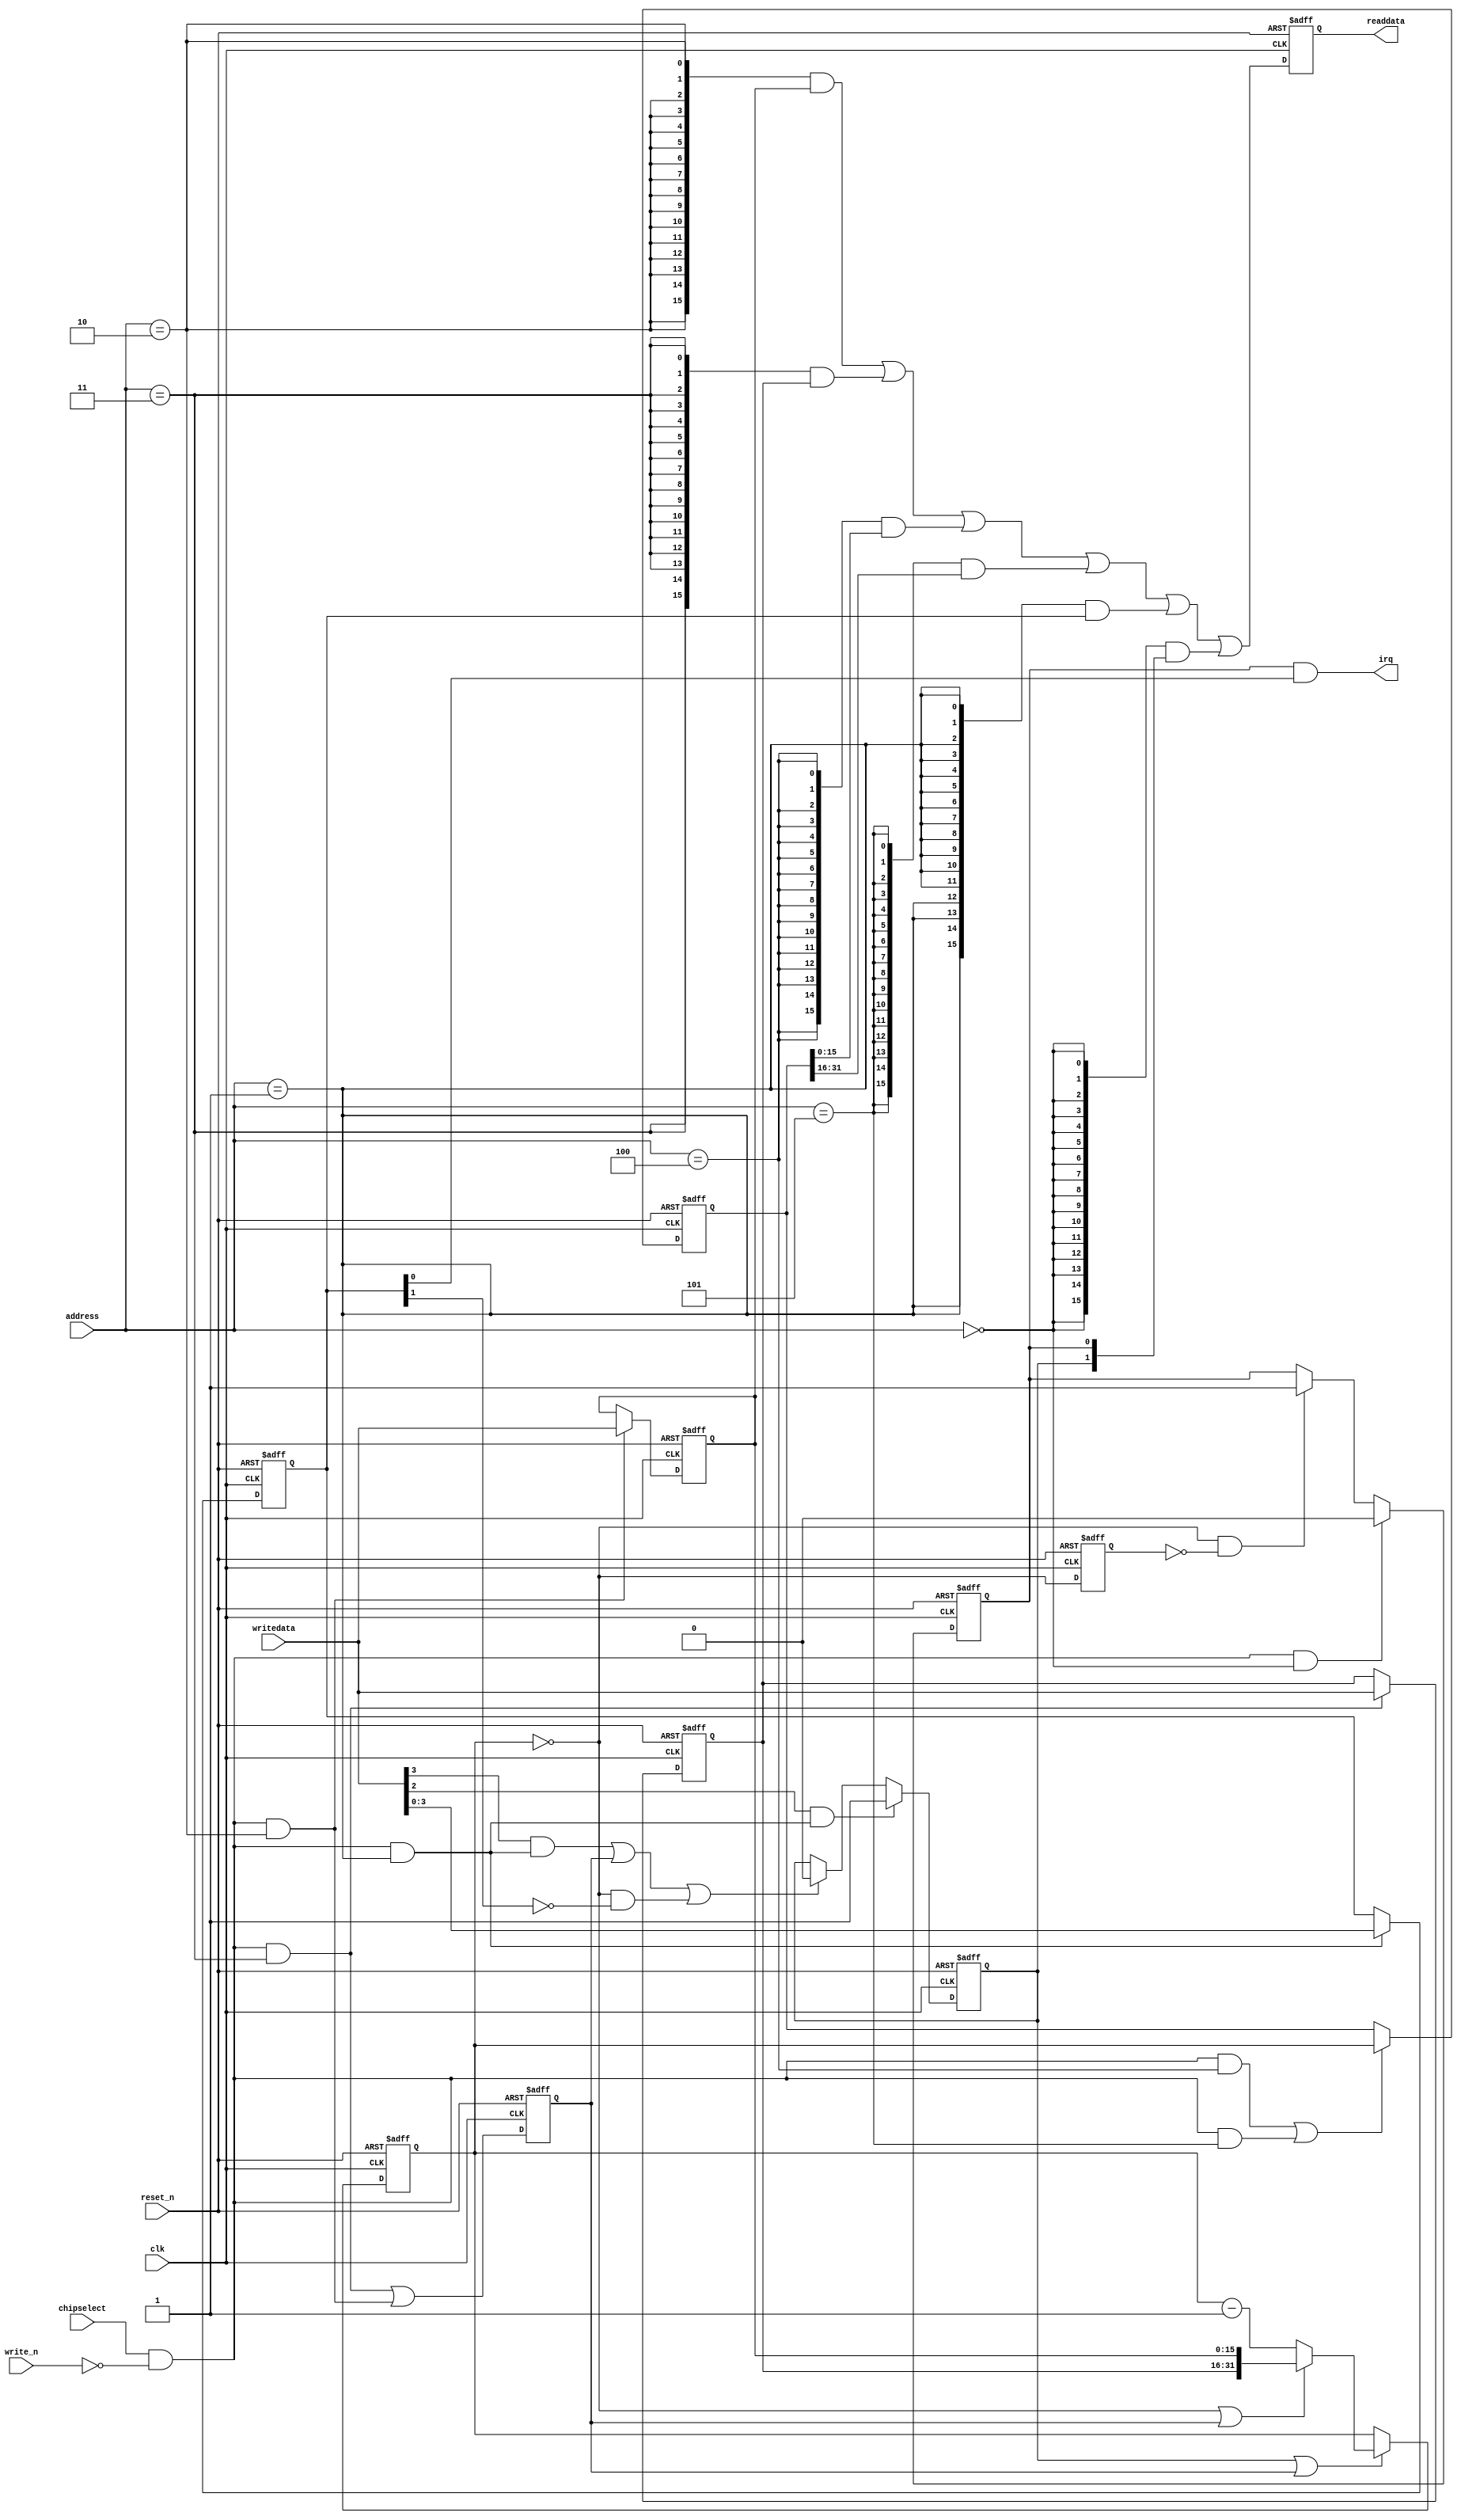
module nios_tester_timer_0 (
                             // inputs:
                              address,
                              chipselect,
                              clk,
                              reset_n,
                              write_n,
                              writedata,

                             // outputs:
                              irq,
                              readdata
                           )
;

  output           irq;
  output  [ 15: 0] readdata;
  input   [  2: 0] address;
  input            chipselect;
  input            clk;
  input            reset_n;
  input            write_n;
  input   [ 15: 0] writedata;

  wire             clk_en;
  wire             control_continuous;
  wire             control_interrupt_enable;
  reg     [  3: 0] control_register;
  wire             control_wr_strobe;
  reg              counter_is_running;
  wire             counter_is_zero;
  wire    [ 31: 0] counter_load_value;
  reg     [ 31: 0] counter_snapshot;
  reg              delayed_unxcounter_is_zeroxx0;
  wire             do_start_counter;
  wire             do_stop_counter;
  reg              force_reload;
  reg     [ 31: 0] internal_counter;
  wire             irq;
  reg     [ 15: 0] period_h_register;
  wire             period_h_wr_strobe;
  reg     [ 15: 0] period_l_register;
  wire             period_l_wr_strobe;
  wire    [ 15: 0] read_mux_out;
  reg     [ 15: 0] readdata;
  wire             snap_h_wr_strobe;
  wire             snap_l_wr_strobe;
  wire    [ 31: 0] snap_read_value;
  wire             snap_strobe;
  wire             start_strobe;
  wire             status_wr_strobe;
  wire             stop_strobe;
  wire             timeout_event;
  reg              timeout_occurred;
  assign clk_en = 1;
  always @(posedge clk or negedge reset_n)
    begin
      if (reset_n == 0)
          internal_counter <= 32'h98967;
      else if (counter_is_running || force_reload)
          if (counter_is_zero    || force_reload)
              internal_counter <= counter_load_value;
          else 
            internal_counter <= internal_counter - 1;
    end


  assign counter_is_zero = internal_counter == 0;
  assign counter_load_value = {period_h_register,
    period_l_register};

  always @(posedge clk or negedge reset_n)
    begin
      if (reset_n == 0)
          force_reload <= 0;
      else if (clk_en)
          force_reload <= period_h_wr_strobe || period_l_wr_strobe;
    end


  assign do_start_counter = start_strobe;
  assign do_stop_counter = (stop_strobe                            ) ||
    (force_reload                           ) ||
    (counter_is_zero && ~control_continuous );

  always @(posedge clk or negedge reset_n)
    begin
      if (reset_n == 0)
          counter_is_running <= 1'b0;
      else if (clk_en)
          if (do_start_counter)
              counter_is_running <= -1;
          else if (do_stop_counter)
              counter_is_running <= 0;
    end


  //delayed_unxcounter_is_zeroxx0, which is an e_register
  always @(posedge clk or negedge reset_n)
    begin
      if (reset_n == 0)
          delayed_unxcounter_is_zeroxx0 <= 0;
      else if (clk_en)
          delayed_unxcounter_is_zeroxx0 <= counter_is_zero;
    end


  assign timeout_event = (counter_is_zero) & ~(delayed_unxcounter_is_zeroxx0);
  always @(posedge clk or negedge reset_n)
    begin
      if (reset_n == 0)
          timeout_occurred <= 0;
      else if (clk_en)
          if (status_wr_strobe)
              timeout_occurred <= 0;
          else if (timeout_event)
              timeout_occurred <= -1;
    end


  assign irq = timeout_occurred && control_interrupt_enable;
  //s1, which is an e_avalon_slave
  assign read_mux_out = ({16 {(address == 2)}} & period_l_register) |
    ({16 {(address == 3)}} & period_h_register) |
    ({16 {(address == 4)}} & snap_read_value[15 : 0]) |
    ({16 {(address == 5)}} & snap_read_value[31 : 16]) |
    ({16 {(address == 1)}} & control_register) |
    ({16 {(address == 0)}} & {counter_is_running,
    timeout_occurred});

  always @(posedge clk or negedge reset_n)
    begin
      if (reset_n == 0)
          readdata <= 0;
      else if (clk_en)
          readdata <= read_mux_out;
    end


  assign period_l_wr_strobe = chipselect && ~write_n && (address == 2);
  assign period_h_wr_strobe = chipselect && ~write_n && (address == 3);
  always @(posedge clk or negedge reset_n)
    begin
      if (reset_n == 0)
          period_l_register <= 35175;
      else if (period_l_wr_strobe)
          period_l_register <= writedata;
    end


  always @(posedge clk or negedge reset_n)
    begin
      if (reset_n == 0)
          period_h_register <= 9;
      else if (period_h_wr_strobe)
          period_h_register <= writedata;
    end


  assign snap_l_wr_strobe = chipselect && ~write_n && (address == 4);
  assign snap_h_wr_strobe = chipselect && ~write_n && (address == 5);
  assign snap_strobe = snap_l_wr_strobe || snap_h_wr_strobe;
  always @(posedge clk or negedge reset_n)
    begin
      if (reset_n == 0)
          counter_snapshot <= 0;
      else if (snap_strobe)
          counter_snapshot <= internal_counter;
    end


  assign snap_read_value = counter_snapshot;
  assign control_wr_strobe = chipselect && ~write_n && (address == 1);
  always @(posedge clk or negedge reset_n)
    begin
      if (reset_n == 0)
          control_register <= 0;
      else if (control_wr_strobe)
          control_register <= writedata[3 : 0];
    end


  assign stop_strobe = writedata[3] && control_wr_strobe;
  assign start_strobe = writedata[2] && control_wr_strobe;
  assign control_continuous = control_register[1];
  assign control_interrupt_enable = control_register[0];
  assign status_wr_strobe = chipselect && ~write_n && (address == 0);

endmodule